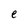
Character: e